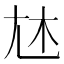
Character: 𡯐